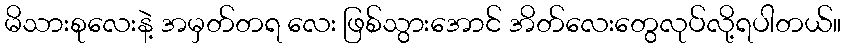
မိသားစုလေးနဲ့ အမှတ်တရ လေး ဖြစ်သွားအောင် အိတ်လေးတွေလုပ်လို့ရပါတယ်။